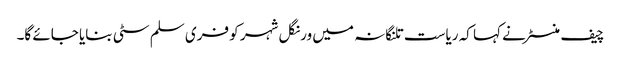
چیف منسٹر نے کہا کہ ریاست تلنگانہ میں ورنگل شہر کو فری سلم سٹی بنایا جائے گا۔